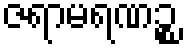
ဇရာမရဏဉ္စ